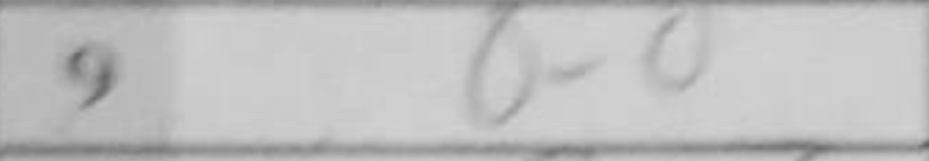
Transcription: O-O